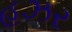
હઝર